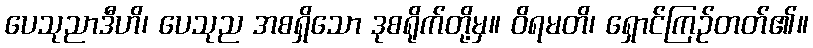
ပေသုညာဒီဟိ၊ ပေသုည အစရှိသော ဒုစရိုက်တို့မှ။ ဝိရမတိ၊ ရှောင်ကြဉ်တတ်၏။